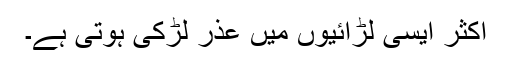
اکثر ایسی لڑائیوں میں عذر لڑکی ہوتی ہے۔